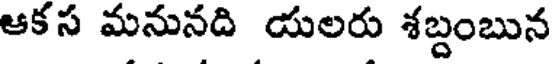
ఆకస మనునది యలరు శబ్దంబున